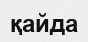
қайда